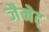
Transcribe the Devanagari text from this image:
जैनेट्